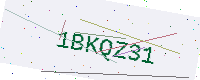
Text: 1BKQZ31